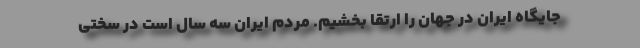
جایگاه ایران در جهان را ارتقا بخشیم. مردم ایران سه سال است در سختی